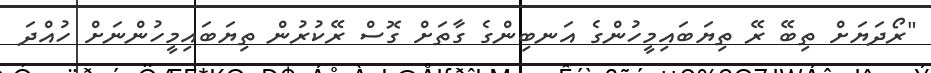
"ރޯދަޔަށް ތިބޭ ރޭ ތިޔަބައިމީހުންގެ އަނބިންގެ ގާތަށް ގޮސް ރޭކުރުން ތިޔަބައިމީހުންނަށް ހުއްދަ